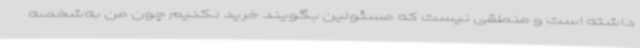
داشته است و منطقی نیست که مسئولین بگویند خرید نکنیم چون من به‌شخصه